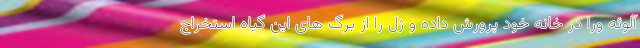
آلوئه ورا در خانه خود پرورش داده و ژل را از برگ های این گیاه استخراج